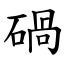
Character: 碢